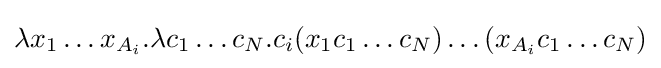
\lambda x_{1}\ldots x_{A_{i}}.\lambda c_{1}\ldots c_{N}.c_{i}(x_{1}c_{1}\ldots c_{N})\ldots (x_{A_{i}}c_{1}\ldots c_{N})